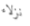
نزلاء